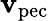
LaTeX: \mathbf{v}_{\mathrm{{pec}}}